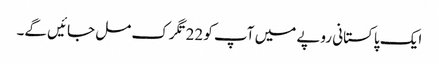
ایک پاکستانی روپے میں آپ کو 22تگرک مل جائیں گے۔